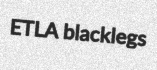
ETLA blacklegs